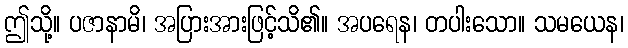
ဤသို့။ ပဇာနာမိ၊ အပြားအားဖြင့်သိ၏။ အပရေန၊ တပါးသော။ သမယေန၊